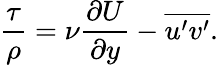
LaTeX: \frac{\tau}{\rho}=\nu\frac{\partial U}{\partial y}-\overline{{u^{\prime}v^{\prime}}}.